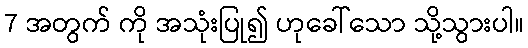
7 အတွက် ကို အသုံးပြု၍ ဟုခေါ်သော သို့သွားပါ။